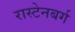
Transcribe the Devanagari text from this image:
रास्टेनबर्ग